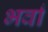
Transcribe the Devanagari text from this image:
भर्वां